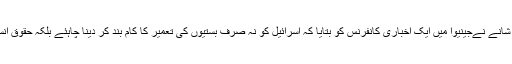
جس تین رُکنی کمیٹی نے اقوام متحدہ کا یہ تحقیقاتی کام کیا ہے اُس کی فرانسیسی سربراہ جج کرسٹین شانے نےجینیوا میں ایک اخباری کانفرنس کو بتایا کہ اسرائیل کو نہ صرف بستیوں کی تعمیر کا کام بند کر دینا چاہئے بلکہ حقوق انسانی کی خلاف ورزیوں کا شکار ہونے والوں کے لئے مناسب فوری اور موثّر کاروائی کرنی چاہئے۔